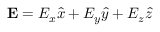
\mathbf { E } = E _ { x } \hat { x } + E _ { y } \hat { y } + E _ { z } \hat { z }